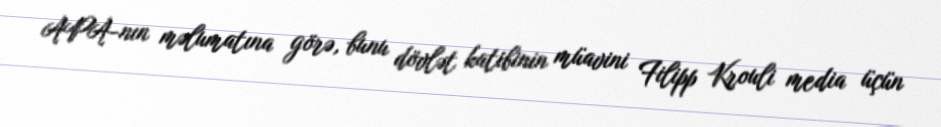
APA-nın məlumatına görə, bunu dövlət katibinin müavini Filipp Krouli media üçün